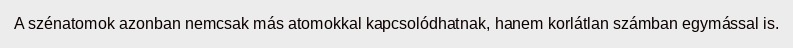
A szénatomok azonban nemcsak más atomokkal kapcsolódhatnak, hanem korlátlan számban egymással is.